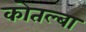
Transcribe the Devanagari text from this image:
कोतल्बा